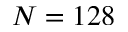
N = 1 2 8